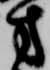
方